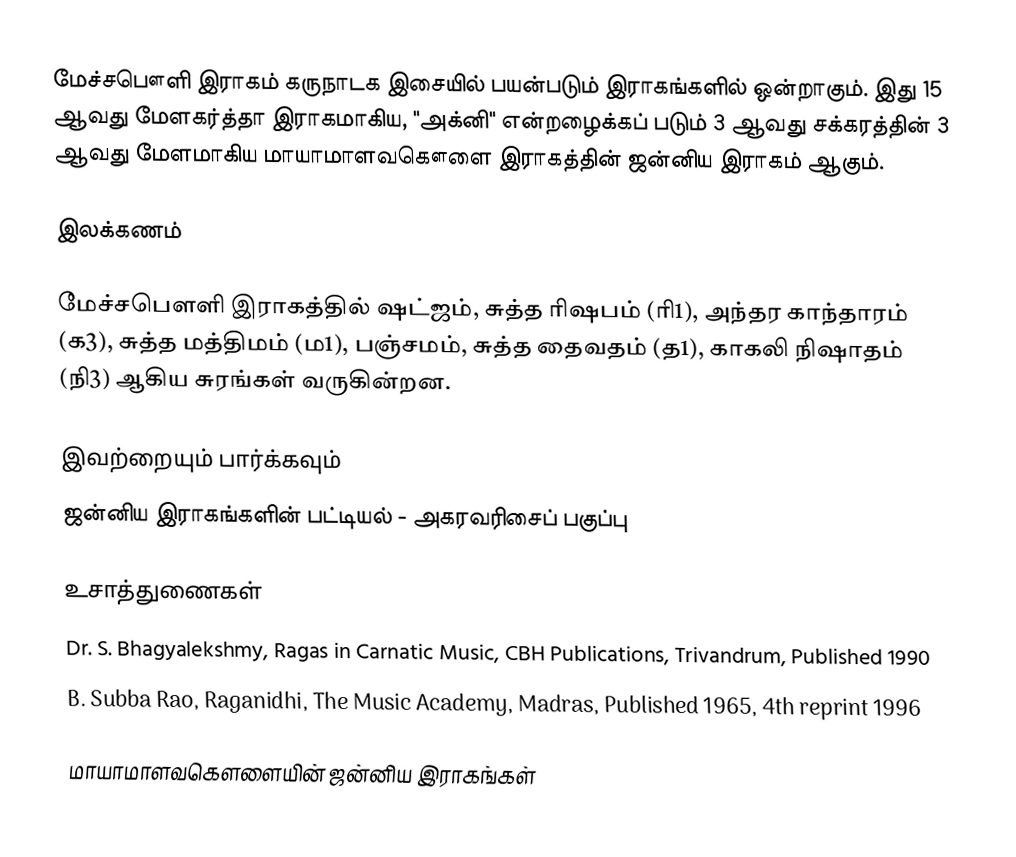
மேச்சபௌளி இராகம் கருநாடக இசையில் பயன்படும் இராகங்களில் ஒன்றாகும். இது 15 ஆவது மேளகர்த்தா இராகமாகிய, "அக்னி" என்றழைக்கப் படும் 3 ஆவது சக்கரத்தின் 3 ஆவது மேளமாகிய மாயாமாளவகௌளை இராகத்தின் ஜன்னிய இராகம் ஆகும்.

இலக்கணம்

மேச்சபௌளி இராகத்தில் ஷட்ஜம், சுத்த ரிஷபம் (ரி1),  அந்தர காந்தாரம் (க3), சுத்த மத்திமம் (ம1), பஞ்சமம்,  சுத்த தைவதம் (த1), காகலி நிஷாதம்  (நி3) ஆகிய சுரங்கள் வருகின்றன.

இவற்றையும் பார்க்கவும்
 ஜன்னிய இராகங்களின் பட்டியல் - அகரவரிசைப் பகுப்பு

உசாத்துணைகள்
 Dr. S. Bhagyalekshmy, Ragas in Carnatic Music, CBH Publications, Trivandrum, Published 1990
 B. Subba Rao, Raganidhi, The Music Academy, Madras, Published 1965, 4th reprint 1996

மாயாமாளவகௌளையின் ஜன்னிய இராகங்கள்